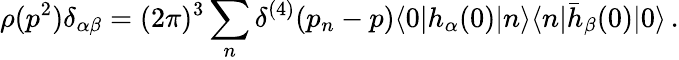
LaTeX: \rho(p^{2})\delta_{\alpha\beta}=(2\pi)^{3}\sum_{n}\delta^{(4)}(p_{n}-p)\langle 0|h_{\alpha}(0)|n\rangle\langle n|\bar{h}_{\beta}(0)|0\rangle\, .